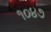
૧૦૪૭